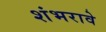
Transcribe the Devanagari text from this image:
शंभरावे